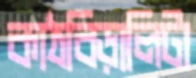
কাঠবিড়ালিটা